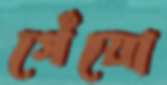
গেঁয়ো